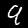
Digit: 9